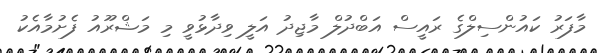
މާފަރު ކައުންސިލްގެ ރައީސް އަބްދުލް މާޖިދު އަލީ ވިދާޅުވީ މި މަޝްރޫއު ފެށުމާއެކު